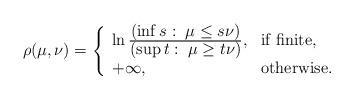
LaTeX: \begin{align*}\rho(\mu,\nu) = \left\{\begin{array}{ll} \ln \frac{\mbox{$(\inf s:\; \mu \le s \nu)$}}{\mbox{$(\sup t: \; \mu \ge t\nu)$}},& \mbox{if finite}, \\+\infty, & \mbox{otherwise}.\end{array}\right.\end{align*}